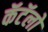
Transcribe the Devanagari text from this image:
कॅटॅलो